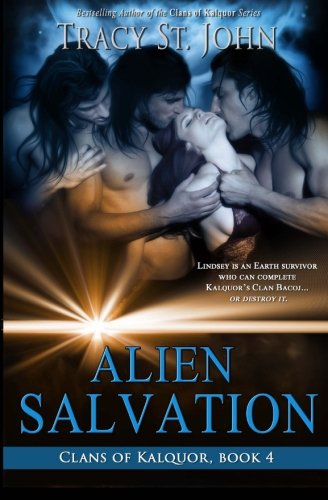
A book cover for Alien Salvation (Clans of Kalquor) (Volume 4); Tracy St. John; Romance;